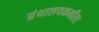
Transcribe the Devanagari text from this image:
ग्रंथालयकर्मीला